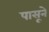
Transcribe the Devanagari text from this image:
पासूने